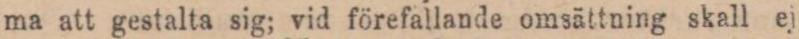
ma att gestalta sig; vid förefallande omsättning skall ej